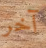
آخر